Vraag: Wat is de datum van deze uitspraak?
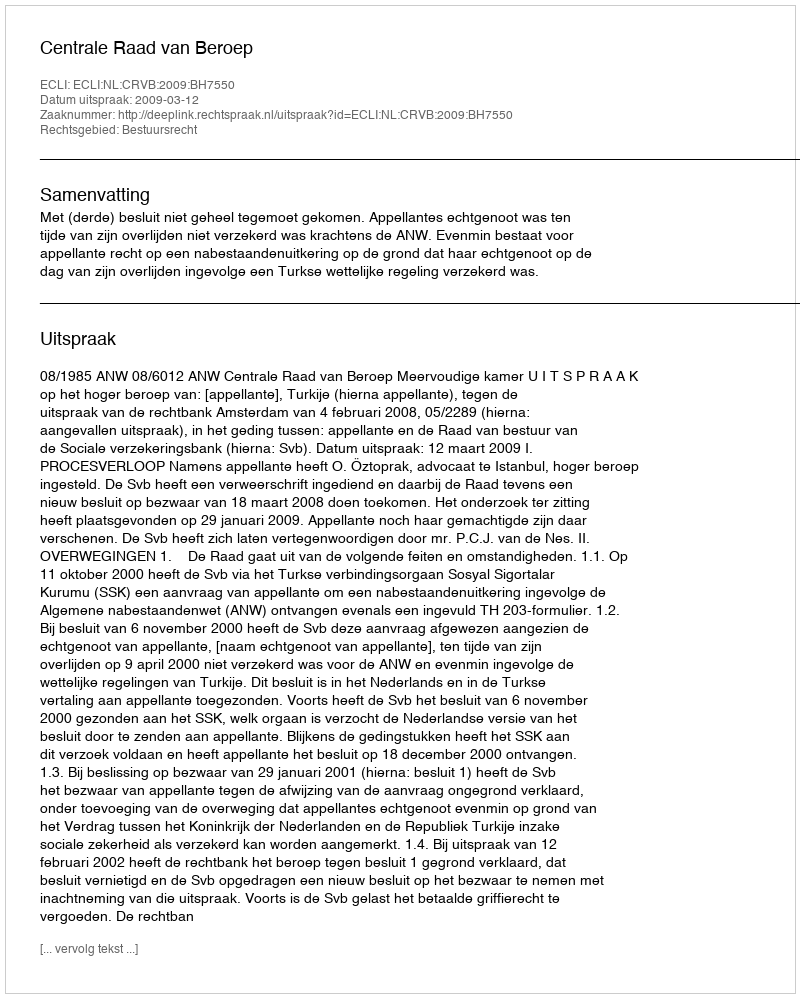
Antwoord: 2009-03-12